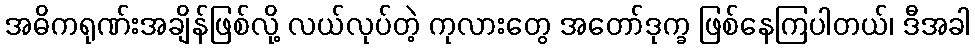
အဓိကရုဏ်းအချိန်ဖြစ်လို့ လယ်လုပ်တဲ့ ကုလားတွေ အတော်ဒုက္ခ ဖြစ်နေကြပါတယ်၊ ဒီအခါ